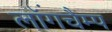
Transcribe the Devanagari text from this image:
लॉंगचैम्प